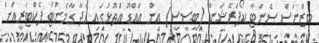
ބިޒްނަސް ސެންޓާ ކޯޕަރޭޝަން (ބީސީސީ) އިން އައްޑޫ އަތޮޅުގައި ހަދާ ގާމެންޓް ފެކްޓަރީއަށް